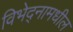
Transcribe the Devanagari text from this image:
विभेद्नामधील